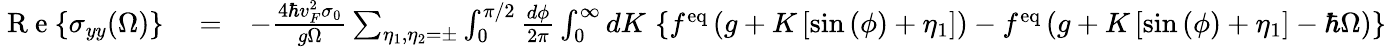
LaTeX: \begin{array}{rlr}{\mathrm{~R~e~}{\left\{ \sigma_{yy}(\Omega)\right\} }}&{{}=}&{-\frac{4\hbar v_{F}^{2}\sigma_{0}}{g\Omega}\sum_{\eta_{1},\eta_{2}=\pm}\int_{0}^{\pi/2}\frac{d\phi}{2\pi}\int_{0}^{\infty}dK\, \left\{ f^{\mathrm{eq}}\left(g+K\left[\sin{(\phi)}+\eta_{1}\right]\right)-f^{\mathrm{eq}}\left(g+K\left[\sin{(\phi)}+\eta_{1}\right]-\hbar\Omega\right)\right\} }\end{array}